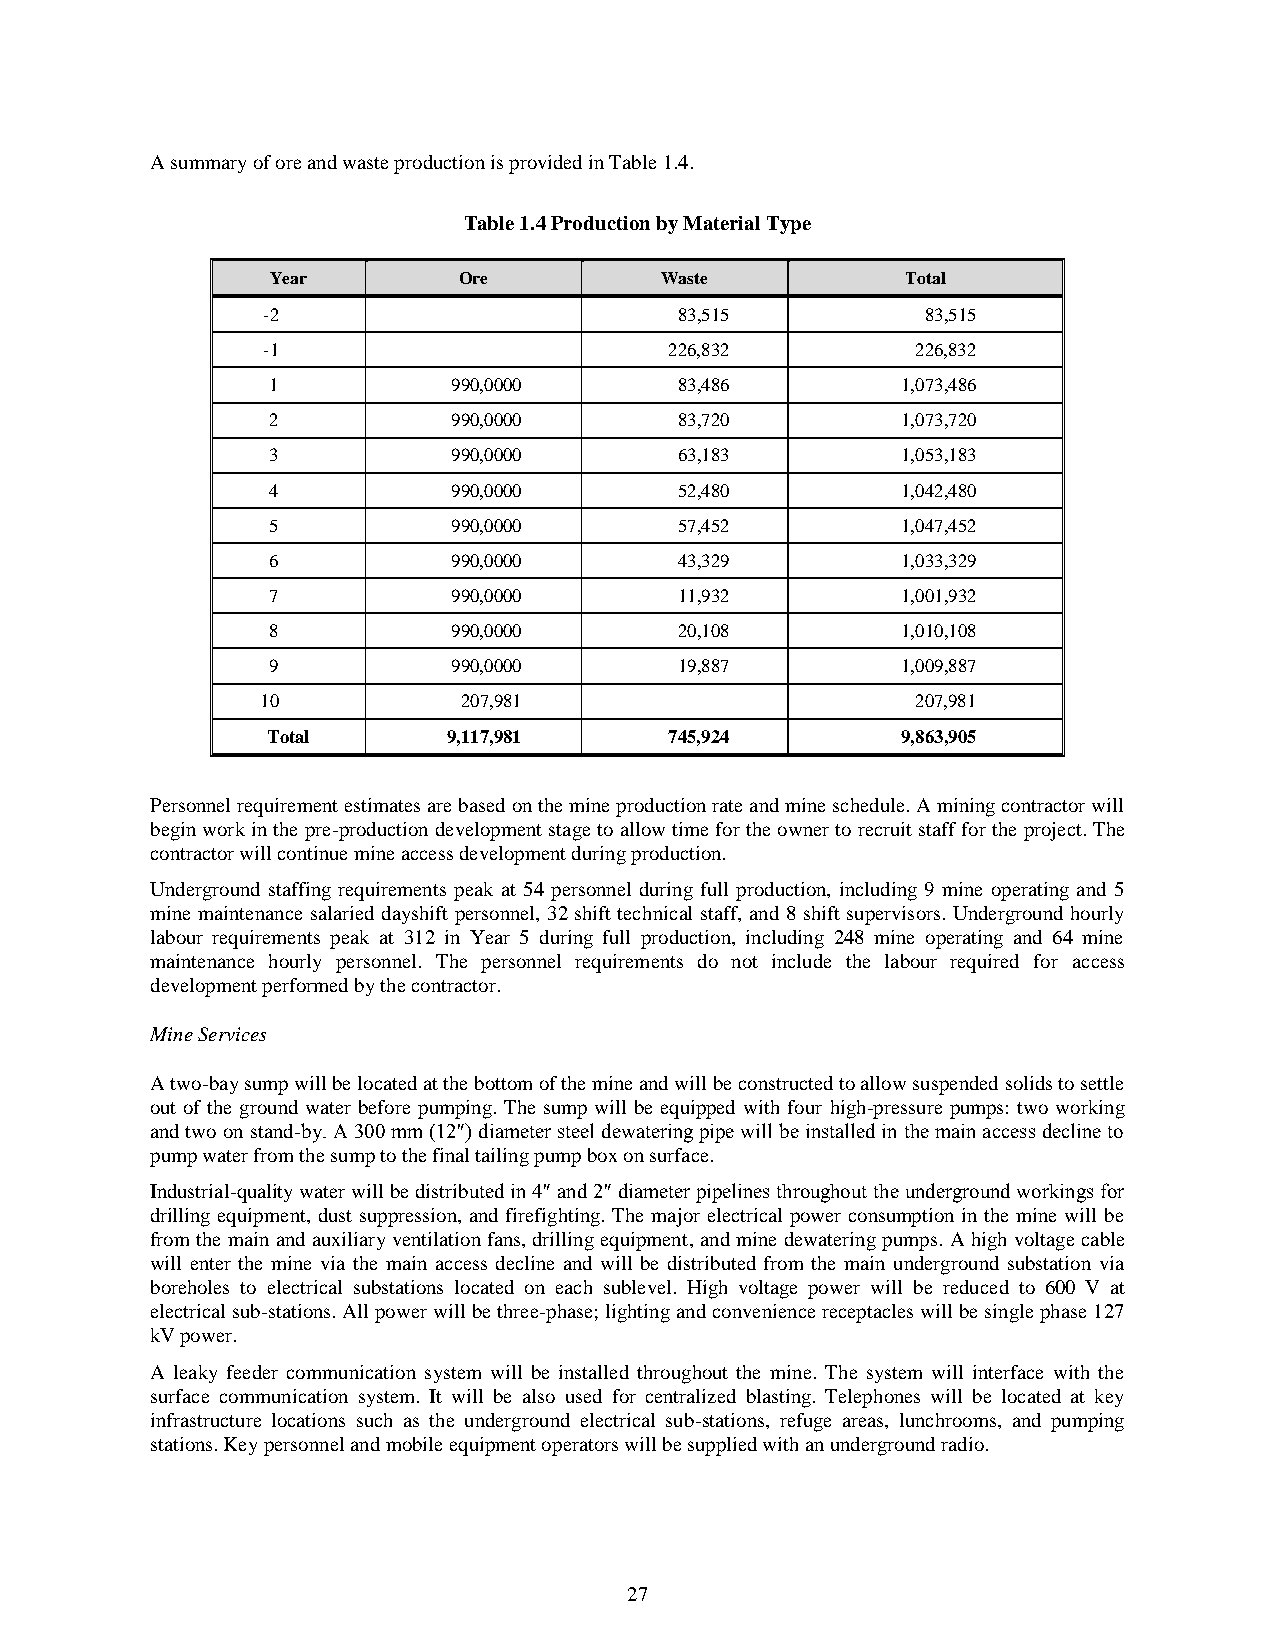
A summary of ore and waste production is provided in Table 1.4.
 Table 1.4 Production by Material Type
 Year        Ore           Waste           Total
 -2                          83,515          83,515
 -1                         226,832          226,832
 1           990,0000       83,486         1,073,486
 2           990,0000       83,720         1,073,720
 3           990,0000       63,183         1,053,183
 4           990,0000       52,480         1,042,480
 5           990,0000       57,452         1,047,452
 6           990,0000       43,329         1,033,329
 7           990,0000       11,932         1,001,932
 8           990,0000       20,108         1,010,108
 9           990,0000       19,887         1,009,887
 10           207,981                        207,981
 Total       9,117,981     745,924         9,863,905
 Personnel requirement estimates are based on the mine production rate and mine schedule. A mining contractor will
 begin work in the pre-production development stage to allow time for the owner to recruit staff for the project. The
 contractor will continue mine access development during production.
 Underground staffing requirements peak at 54 personnel during full production, including 9 mine operating and 5
 mine maintenance salaried dayshift personnel, 32 shift technical staff, and 8 shift supervisors. Underground hourly
 labour requirements peak at 312 in Year 5 during full production, including 248 mine operating and 64 mine
 maintenance hourly personnel. The personnel requirements do not include the labour required for access
 development performed by the contractor.
 Mine Services
 A two-bay sump will be located at the bottom of the mine and will be constructed to allow suspended solids to settle
 out of the ground water before pumping. The sump will be equipped with four high-pressure pumps: two working
 and two on stand-by. A 300 mm (12″) diameter steel dewatering pipe will be installed in the main access decline to
 pump water from the sump to the final tailing pump box on surface.
 Industrial-quality water will be distributed in 4″ and 2″ diameter pipelines throughout the underground workings for
 drilling equipment, dust suppression, and firefighting. The major electrical power consumption in the mine will be
 from the main and auxiliary ventilation fans, drilling equipment, and mine dewatering pumps. A high voltage cable
 will enter the mine via the main access decline and will be distributed from the main underground substation via
 boreholes to electrical substations located on each sublevel. High voltage power will be reduced to 600 V at
 electrical sub-stations. All power will be three-phase; lighting and convenience receptacles will be single phase 127
 kV power.
 A leaky feeder communication system will be installed throughout the mine. The system will interface with the
 surface communication system. It will be also used for centralized blasting. Telephones will be located at key
 infrastructure locations such as the underground electrical sub-stations, refuge areas, lunchrooms, and pumping
 stations. Key personnel and mobile equipment operators will be supplied with an underground radio.
 27